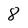
Character: 8